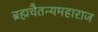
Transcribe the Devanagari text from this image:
ब्रह्मचैतन्यमहाराज